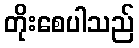
တိုးစေပါသည်